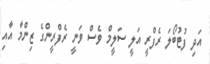
އަދި ފުޓުބޯލަ ރެފްރީ އަލީ ސަލީމް ވެސް ވަނީ ރެފްރީންގެ ޒިންމާ އާއި